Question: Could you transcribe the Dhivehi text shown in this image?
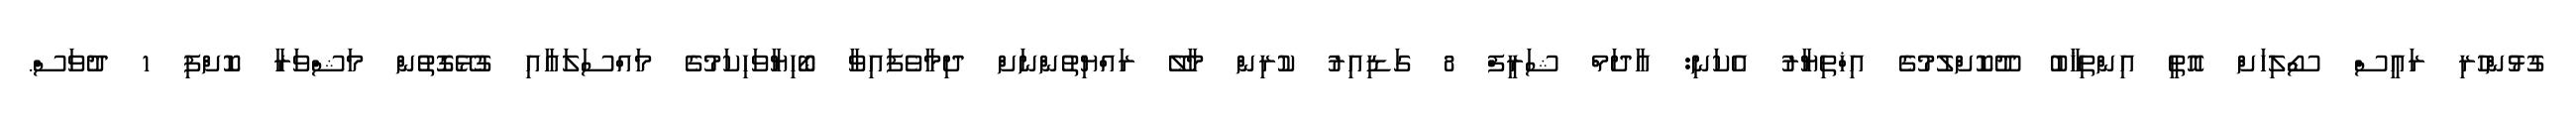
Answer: ގުޅުންހުރި ރައީސް ސޯލިހަށް އޮތީ އިންތިޚާބު ދޫކޮށްލުމުގެ އިޚްތިޔާރު އެކަނި: އާދަމް ޝަރީފް 8 ގަޑިއިރު ކުރިން މާލޭ ރައްޔިތުންނަށް ދިމާވެފައިވާ ބޯހިޔާވަހިކަމުގެ މައްސަލައާއި ގުޅޭގޮތުން މަޝްވަރާ ކޮށްފި 1 ދުވަސް.